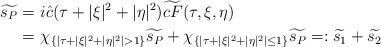
LaTeX: \begin{align*}\widetilde{s_P} =&\ i\hat{c}(\tau+|\xi|^2+|\eta|^2)\widetilde{cF}(\tau, \xi, \eta)\\=&\ \chi_{\{|\tau+|\xi|^2+|\eta|^2|> 1\}}\widetilde{s_P}+\chi_{\{|\tau+|\xi|^2+|\eta|^2|\le 1\}}\widetilde{s_P}=: \widetilde{s_1}+\widetilde {s_2} \end{align*}